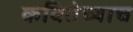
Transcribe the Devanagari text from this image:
कवितेच्याच